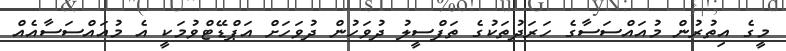
މީގެ އިތުރުން މުއައްސަސާގެ ހަރަދުތަކުގެ ތަފްސީލު ދުވަހުން ދުވަހަށް އަޕްޑޭޓްވުމަކީ އެ މުއައްސަސާއެއް